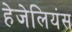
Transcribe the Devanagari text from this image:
हेजेलियंस